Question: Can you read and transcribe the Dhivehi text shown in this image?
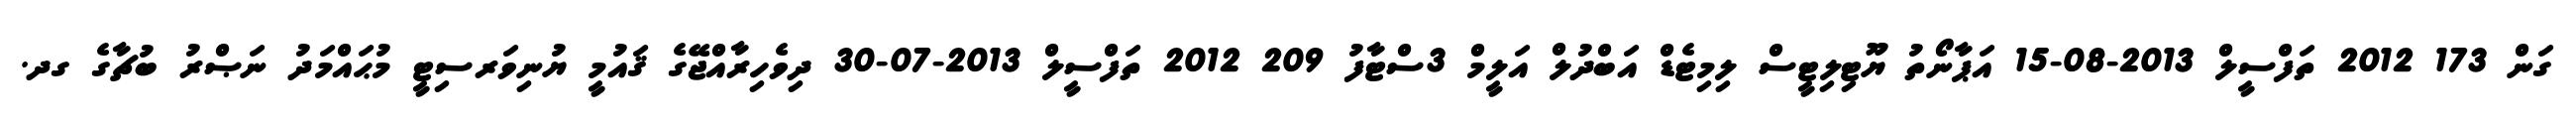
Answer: ގަން 173 2012 ތަފްސީލް 2013-08-15 އަޕާނޯތު ޔޫޓިލިޓީސް ލިމިޓެޑް އަބްދުލް އަލީމް 3ސްޓާފު 209 2012 ތަފްސީލް 2013-07-30 ދިވެހިރާއްޖޭގެ ޤައުމީ ޔުނިވަރސިޓީ މުޙައްމަދު ނަޞްރު ބުޗާގެ ގދ.